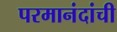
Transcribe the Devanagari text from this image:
परमानंदांची